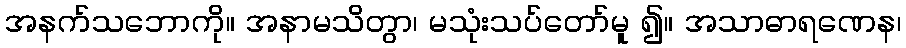
အနက်သဘောကို။ အနာမသိတွာ၊ မသုံးသပ်တော်မူ ၍။ အသာဓာရဏေန၊